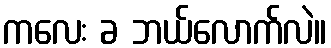
ကလေး ခ ဘယ်လောက်လဲ။